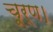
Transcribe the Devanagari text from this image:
चूर्ण।